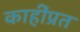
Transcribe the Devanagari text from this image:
काहींप्रत